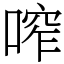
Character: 鿽